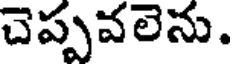
చెప్పవలెను.